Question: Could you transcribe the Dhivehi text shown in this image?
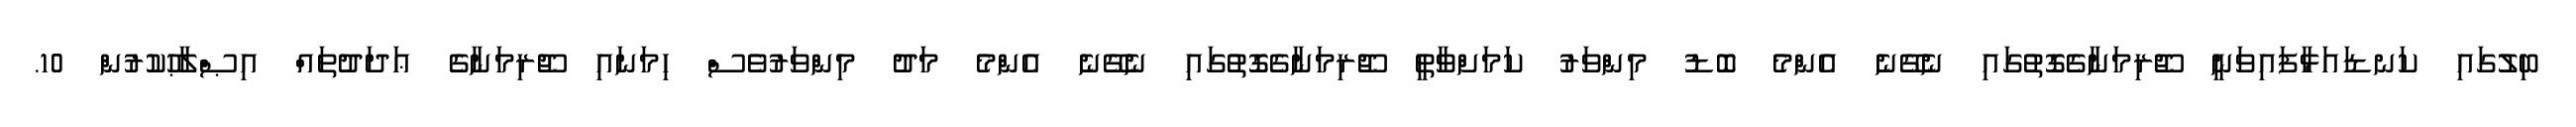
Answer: ބިލުގައި ކަނޑައަޅާފައިވަނީ ޖޫރިމަނާގެގޮތުގައި ނެގޭނެ އެންމެ ބޮޑު މިންވަރު ކަމަށްވާތީ ޖޫރިމަނާގެގޮތުގައި ނެގޭނެ އެންމެ މަދު މިންވަރުވެސް ހިމަނައި ޖޫރިމަނާގެ ޢަދަދުތައް އިޞްލާޙުކުރުން 10.